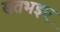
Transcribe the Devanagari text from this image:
सतभइए